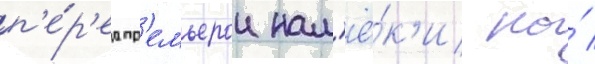
п'е́р'ед пр'емьерои нам'ё́к'и на́